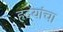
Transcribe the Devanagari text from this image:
हृदयांचा